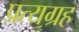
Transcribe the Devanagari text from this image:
प्रत्यग्रह